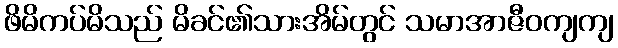
ဖိမိကပ်မိသည် မိခင်၏သားအိမ်တွင် သမာအာဇီဝကျကျ